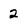
Character: 2